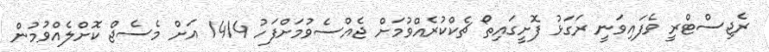
ރެޖިސްޓްރީ ވެފައިވަނީ ރަގަޅު ފޮށީގައިތޯ ޗެކްކުރެއްވުމަށް ޖެއްސެވުމަށްފަހު 1414 އަށް މެސެޖް ކޮށްލެއްވުމުން